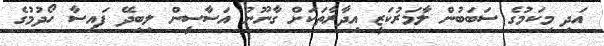
އަދި މިކަމުގެ ސަބަބުން ލާމަރުކަޒީ އިދާރާތަކަށް ގާނޫނު އަސާސީން ލިބިދޭ ފައިސާ ހޯދުމުގެ